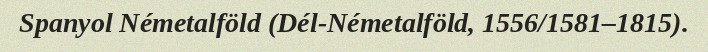
Spanyol Németalföld (Dél-Németalföld, 1556/1581–1815).